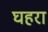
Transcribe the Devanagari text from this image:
घहरा